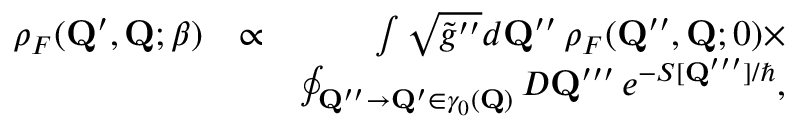
\begin{array} { r l r } { \rho _ { F } ( \mathbf { Q } ^ { \prime } , \mathbf { Q } ; \beta ) } & { \propto } & { \int \sqrt { \tilde { g } ^ { \prime \prime } } d \mathbf { Q } ^ { \prime \prime } \, \rho _ { F } ( \mathbf { Q } ^ { \prime \prime } , \mathbf { Q } ; 0 ) \times } \\ & { } & { \oint _ { \mathbf { Q } ^ { \prime \prime } \to \mathbf { Q } ^ { \prime } \in \gamma _ { 0 } ( \mathbf { Q } ) } { \cal D } \mathbf { Q } ^ { \prime \prime \prime } \, e ^ { - S [ \mathbf { Q } ^ { \prime \prime \prime } ] / \hbar } , } \end{array}